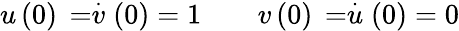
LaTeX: u\left(0\right)\, =\stackrel{\cdot}{v}\left(0\right)=1\qquad v\left(0\right)\, =\stackrel{\cdot}{u}\left(0\right)=0